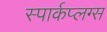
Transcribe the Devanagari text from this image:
स्पार्कप्लग्स